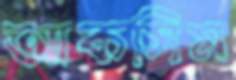
আকসিম